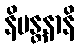
နိမန္တနာနိ